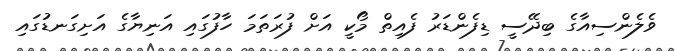
ވެލެންސިއާގެ ބިދޭސީ ޑިފެންޑަރު ފެއިތް މޯކީ އަށް ފުރަތަމަ ހާފުގައި އަނިޔާގެ އަށިގަނޑުގައި